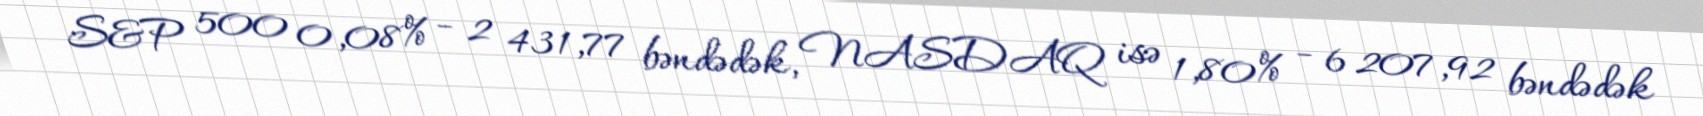
S&P 500 0,08% - 2 431,77 bəndədək, NASDAQ isə 1,80% - 6 207,92 bəndədək